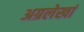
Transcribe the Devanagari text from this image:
अग्रलेखां